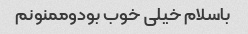
باسلام خیلی خوب بودوممنونم